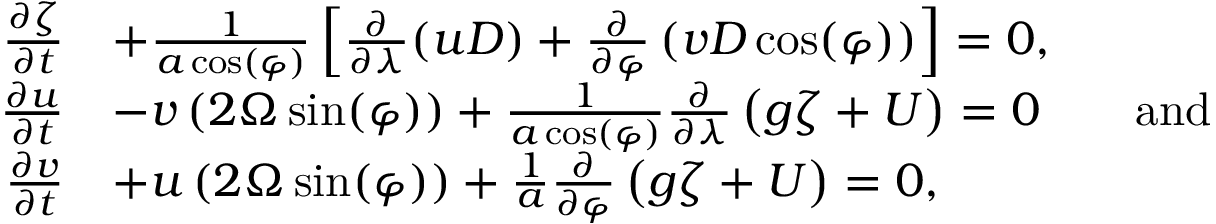
{ \begin{array} { r l } { { \frac { \partial \zeta } { \partial t } } } & { + { \frac { 1 } { a \cos ( \varphi ) } } \left[ { \frac { \partial } { \partial \lambda } } ( u D ) + { \frac { \partial } { \partial \varphi } } \left( v D \cos ( \varphi ) \right) \right] = 0 , } \\ { { \frac { \partial u } { \partial t } } } & { - v \left( 2 \Omega \sin ( \varphi ) \right) + { \frac { 1 } { a \cos ( \varphi ) } } { \frac { \partial } { \partial \lambda } } \left( g \zeta + U \right) = 0 \qquad { \mathrm { a n d } } } \\ { { \frac { \partial v } { \partial t } } } & { + u \left( 2 \Omega \sin ( \varphi ) \right) + { \frac { 1 } { a } } { \frac { \partial } { \partial \varphi } } \left( g \zeta + U \right) = 0 , } \end{array} }